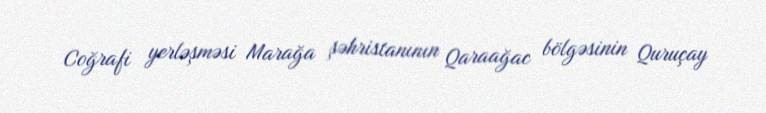
Coğrafi yerləşməsi Marağa şəhristanının Qaraağac bölgəsinin Quruçay